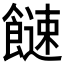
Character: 𩞍